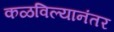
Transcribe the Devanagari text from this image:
कळविल्यानंतर